Vaccination United Provinces of Agra and Oudh 1902-1913 - 1902-1913
Year: 1902
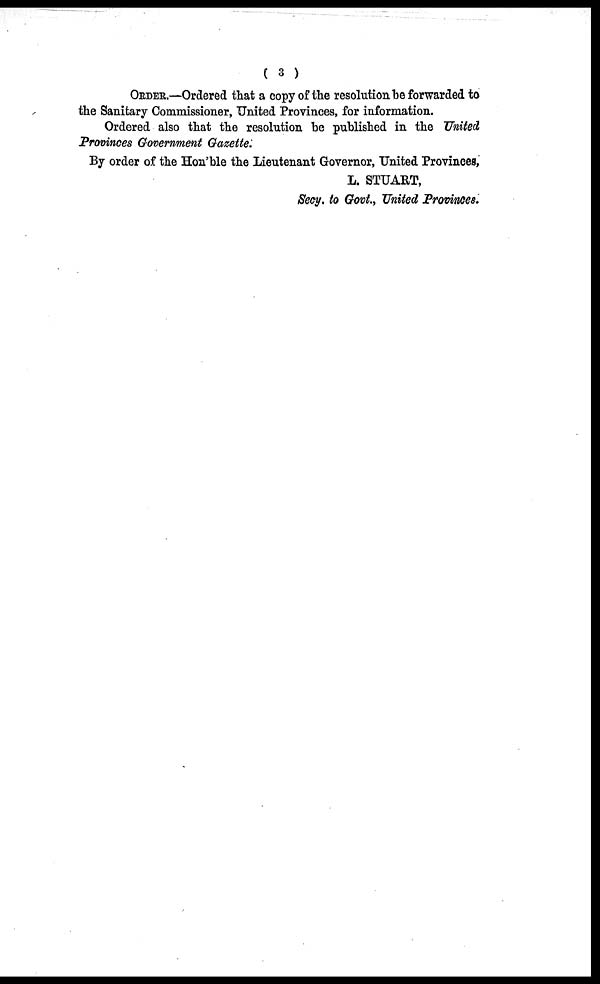
( 3 )
ORDER.—Ordered that a copy of the resolution be forwarded to
the Sanitary Commissioner, United Provinces, for information.
Ordered also that the resolution be published in the United
Provinces Government Gazette.
By order of the Hon'ble the Lieutenant Governor, United Provinces,
L. STUART,
Secy. to Govt., United Provinces.